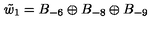
\tilde { w } _ { 1 } = B _ { - 6 } \oplus B _ { - 8 } \oplus B _ { - 9 }